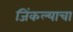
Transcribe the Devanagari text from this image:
जिंकल्याचा